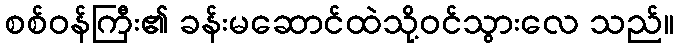
စစ်ဝန်ကြီး၏ ခန်းမဆောင်ထဲသို့ဝင်သွားလေ သည်။